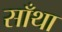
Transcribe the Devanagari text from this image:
साँथा